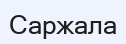
Саржала